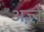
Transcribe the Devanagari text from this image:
अज़्ने